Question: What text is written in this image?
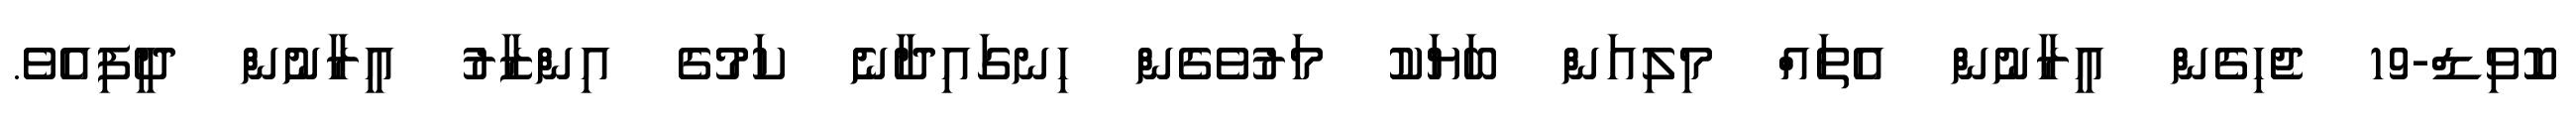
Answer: ކޮވިޑް-19 ޖެހިގެން އީރާނުން އެތައް މިލިއަން ބަޔަކު މަރުވެގެން ހިނގައިދާނެ ކަމުގެ އިންޒާރު އީރާނުން ދީފިއެވެ.